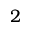
2